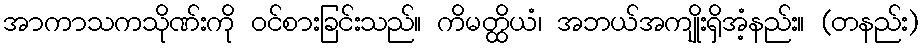
အာကာသကသိုဏ်းကို ဝင်စားခြင်းသည်။ ကိမတ္ထိယံ၊ အဘယ်အကျိုးရှိအံ့နည်း။ (တနည်း)